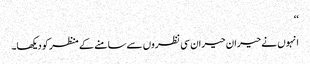
‘‘
انہوں نے حیران حیران سی نظروں سے سامنے کے منظر کو دیکھا۔